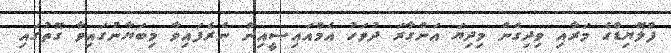
ފްލޮޔިޑްގެ މަރާއި ވިދިގެން މިދިޔަ އަންގާރަ ދުވަހު އެމްއައިސީއިން ނެރެފައިވާ މިބަޔާނުގައިވާ ގޮތުގައި